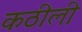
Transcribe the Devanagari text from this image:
कठीली